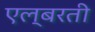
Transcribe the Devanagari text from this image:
एल्बरती